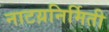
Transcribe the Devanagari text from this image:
नाटय़निर्मिती